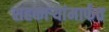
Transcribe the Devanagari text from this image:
सहकाऱ्यांमार्फत